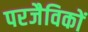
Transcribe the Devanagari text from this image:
परजैविकों